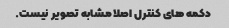
دکمه های کنترل اصلا مشابه تصویر نیست.